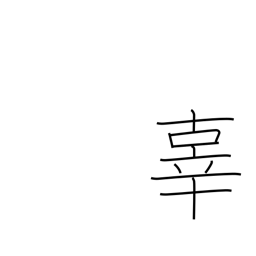
Meaning: sin